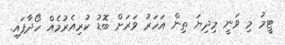
ޓީމު މި ވަނީ މިދިޔަ ތިން އަހަރު ވަރަށް ބޮޑު ކުރިއެރުމެއް ހޯދާފައި.